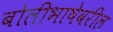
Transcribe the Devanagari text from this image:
बोलीभाषेवरील